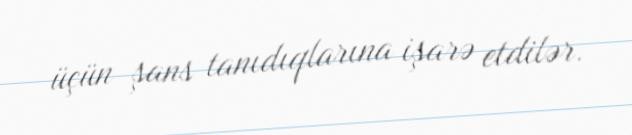
üçün şans tanıdıqlarına işarə etdilər.